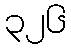
၃၂၆